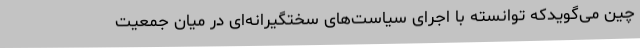
چین می‌گویدکه توانسته با اجرای سیاست‌های سختگیرانه‌ای در میان جمعیت